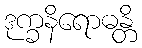
ဒုက္ခနိရောဓန္တိ